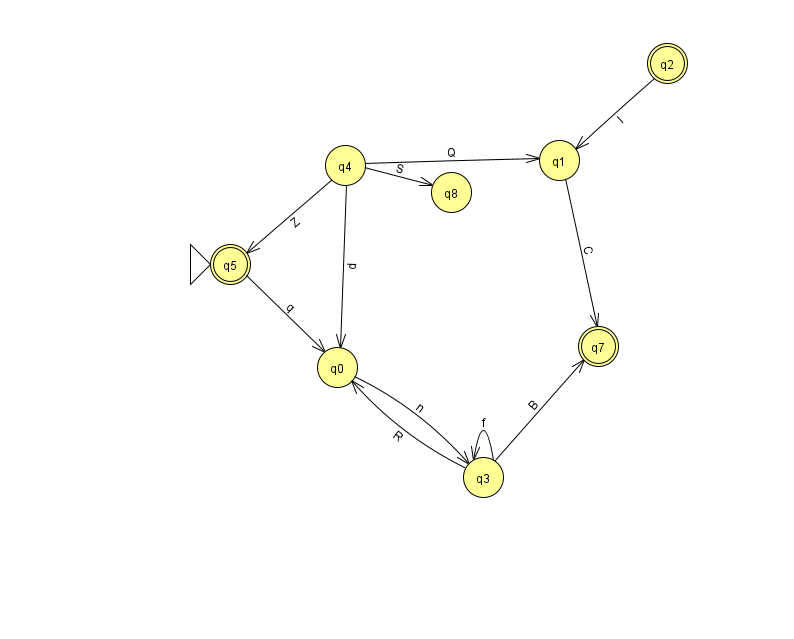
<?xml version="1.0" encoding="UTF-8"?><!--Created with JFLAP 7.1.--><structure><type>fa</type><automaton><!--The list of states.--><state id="0" name="q0"><x>337.0</x><y>354.0</y></state><state id="1" name="q1"><x>559.0</x><y>147.0</y></state><state id="2" name="q2"><x>667.0</x><y>50.0</y><final/></state><state id="3" name="q3"><x>483.0</x><y>464.0</y></state><state id="4" name="q4"><x>345.0</x><y>152.0</y></state><state id="5" name="q5"><x>230.0</x><y>251.0</y><initial/><final/></state><state id="7" name="q7"><x>598.0</x><y>333.0</y><final/></state><state id="8" name="q8"><x>451.0</x><y>179.0</y></state><!--The list of transitions.--><transition><from>1</from><to>7</to><read>C</read></transition><transition><from>2</from><to>1</to><read>l</read></transition><transition><from>3</from><to>7</to><read>B</read></transition><transition><from>0</from><to>3</to><read>n</read></transition><transition><from>4</from><to>8</to><read>S</read></transition><transition><from>5</from><to>0</to><read>q</read></transition><transition><from>3</from><to>3</to><read>f</read></transition><transition><from>4</from><to>0</to><read>d</read></transition><transition><from>3</from><to>0</to><read>R</read></transition><transition><from>4</from><to>1</to><read>Q</read></transition><transition><from>4</from><to>5</to><read>Z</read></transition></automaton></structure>